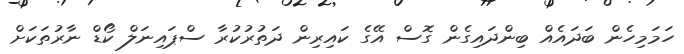
ހަމަމިހެން ބަދައެއް ބިންދައިގެން ގޮސް އޭގެ ކައިރިން ދަތުރުކުރާ ސްޕައިނަލް ކޯޑް ނާރުތަކަށް